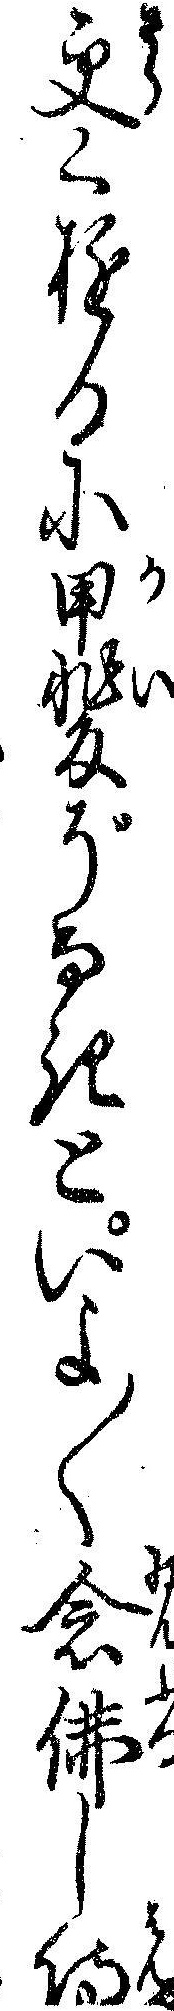
更くゆるに甲斐ぞなきといよ〱念仏し侍